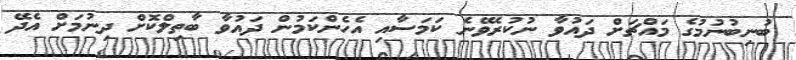
ބުނިބުނުމުގެ މައްޗަށް ދައުވާ ނުކުރެވޭނެ ކަމަސާއި އެހެންކަމުން ދައުވާ ބާތިލްކޮށް ދިނުމަށް އެދޭ